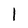
Character: l